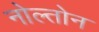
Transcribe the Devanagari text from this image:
नोल्तोन